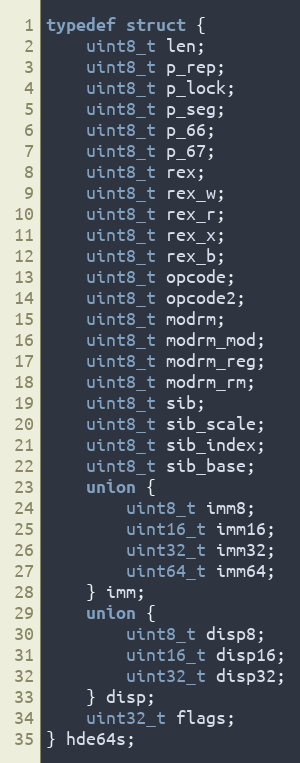
Language: C
typedef struct {
    uint8_t len;
    uint8_t p_rep;
    uint8_t p_lock;
    uint8_t p_seg;
    uint8_t p_66;
    uint8_t p_67;
    uint8_t rex;
    uint8_t rex_w;
    uint8_t rex_r;
    uint8_t rex_x;
    uint8_t rex_b;
    uint8_t opcode;
    uint8_t opcode2;
    uint8_t modrm;
    uint8_t modrm_mod;
    uint8_t modrm_reg;
    uint8_t modrm_rm;
    uint8_t sib;
    uint8_t sib_scale;
    uint8_t sib_index;
    uint8_t sib_base;
    union {
        uint8_t imm8;
        uint16_t imm16;
        uint32_t imm32;
        uint64_t imm64;
    } imm;
    union {
        uint8_t disp8;
        uint16_t disp16;
        uint32_t disp32;
    } disp;
    uint32_t flags;
} hde64s;